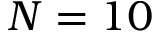
N = 1 0